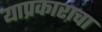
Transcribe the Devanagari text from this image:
याप्रकाराचा